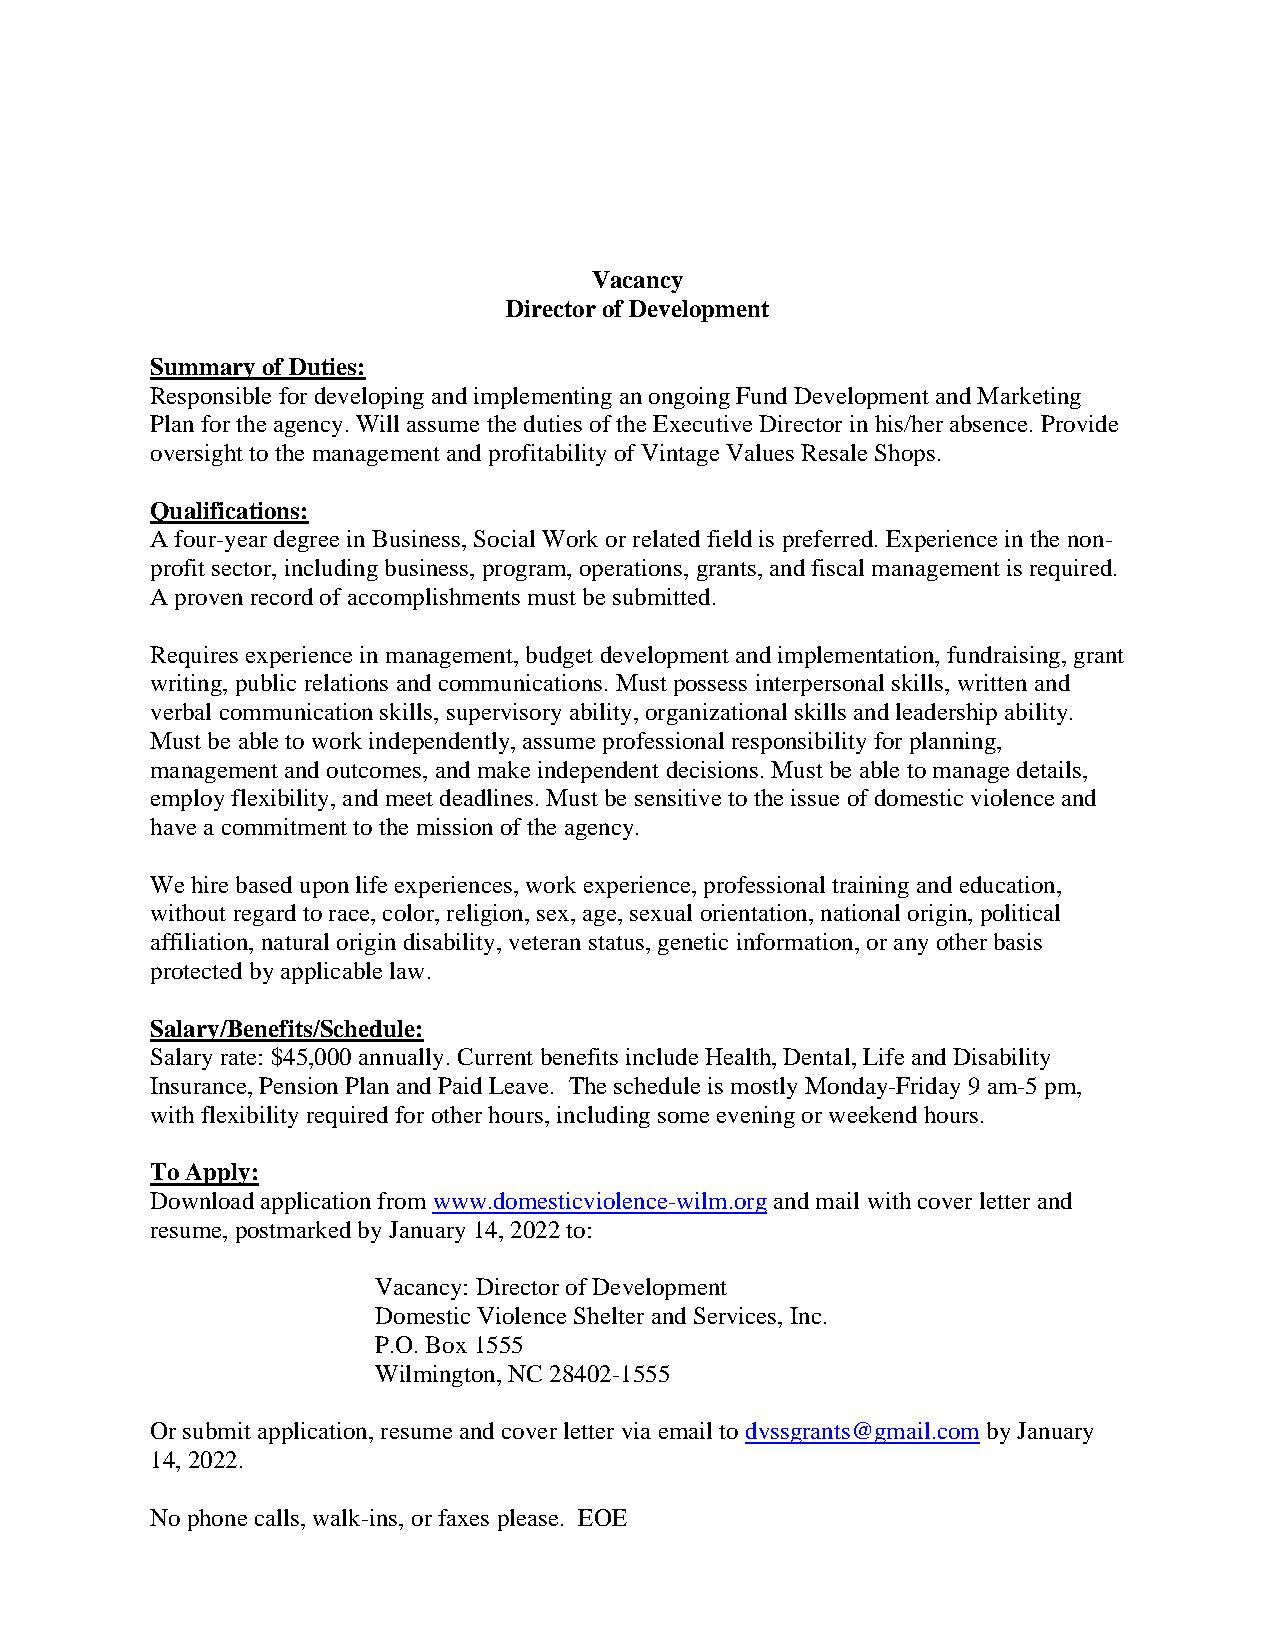
Vacancy
 Director of Development
 Summary of Duties:
 Responsible for developing and implementing an ongoing Fund Development and Marketing
 Plan for the agency. Will assume the duties of the Executive Director in his/her absence. Provide
 oversight to the management and profitability of Vintage Values Resale Shops.
 Qualifications:
 A four-year degree in Business, Social Work or related field is preferred. Experience in the non-
 profit sector, including business, program, operations, grants, and fiscal management is required.
 A proven record of accomplishments must be submitted.
 Requires experience in management, budget development and implementation, fundraising, grant
 writing, public relations and communications. Must possess interpersonal skills, written and
 verbal communication skills, supervisory ability, organizational skills and leadership ability.
 Must be able to work independently, assume professional responsibility for planning,
 management and outcomes, and make independent decisions. Must be able to manage details,
 employ flexibility, and meet deadlines. Must be sensitive to the issue of domestic violence and
 have a commitment to the mission of the agency.
 We hire based upon life experiences, work experience, professional training and education,
 without regard to race, color, religion, sex, age, sexual orientation, national origin, political
 affiliation, natural origin disability, veteran status, genetic information, or any other basis
 protected by applicable law.
 Salary/Benefits/Schedule:
 Salary rate: $45,000 annually. Current benefits include Health, Dental, Life and Disability
 Insurance, Pension Plan and Paid Leave. The schedule is mostly Monday-Friday 9 am-5 pm,
 with flexibility required for other hours, including some evening or weekend hours.
 To Apply:
 Download application from www.domesticviolence-wilm.org and mail with cover letter and
 resume, postmarked by January 14, 2022 to:
 Vacancy: Director of Development
 Domestic Violence Shelter and Services, Inc.
 P.O. Box 1555
 Wilmington, NC 28402-1555
 Or submit application, resume and cover letter via email to dvssgrants@gmail.com by January
 14, 2022.
 No phone calls, walk-ins, or faxes please. EOE